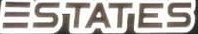
ESTATES